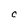
Character: C